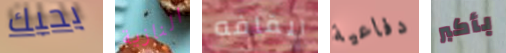
بحبك النازية ايقافه دفاعية بأكبر